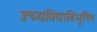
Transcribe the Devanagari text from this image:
उच्यविद्याविभूषित